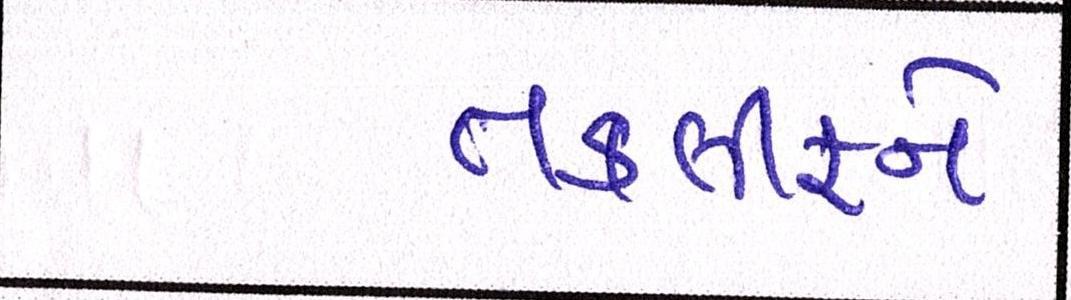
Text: તકલીફને